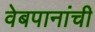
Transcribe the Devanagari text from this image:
वेबपानांची